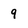
Character: q